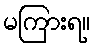
မကြားရ။